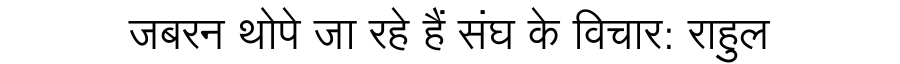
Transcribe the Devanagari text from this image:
जबरन थोपे जा रहे हैं संघ के विचार: राहुल